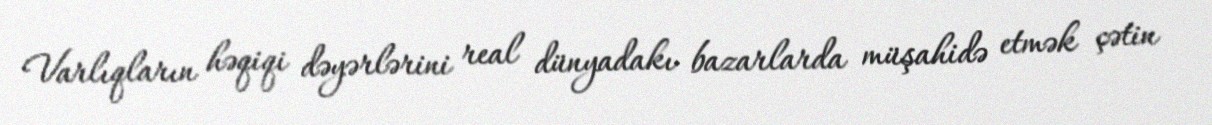
Varlıqların həqiqi dəyərlərini real dünyadakı bazarlarda müşahidə etmək çətin